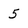
Character: 5